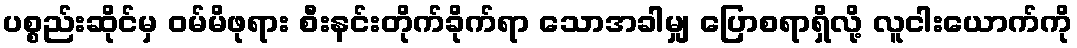
ပစ္စည်းဆိုင်မှ ဝမ်မိဖုရား စီးနင်းတိုက်ခိုက်ရာ သောအခါမျှ ပြောစရာရှိလို့ လူငါးယောက်ကို